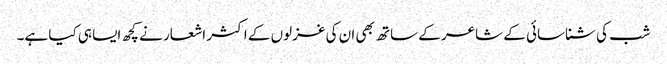
شب کی شناسائی کے شاعر کے ساتھ بھی ان کی غزلوں کے اکثر اشعار نے کچھ ایسا ہی کیا ہے۔